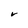
Character: V